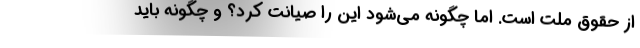
از حقوق ملت است. امّا چگونه می‌شود این را صیانت کرد؟ و چگونه باید